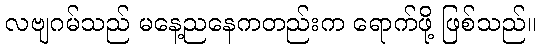
လဗျဂမ်သည် မနေ့ညနေကတည်းက ရောက်ဖို့ ဖြစ်သည်။